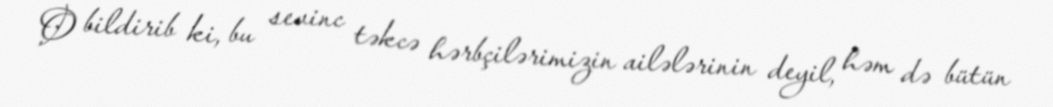
O bildirib ki, bu sevinc təkcə hərbçilərimizin ailələrinin deyil, həm də bütün